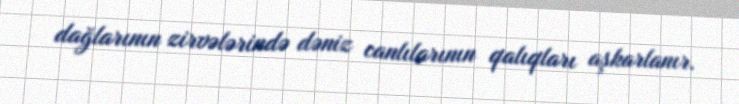
dağlarının zirvələrində dəniz canlılarının qalıqları aşkarlanır.